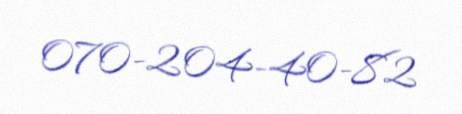
070-204-40-82